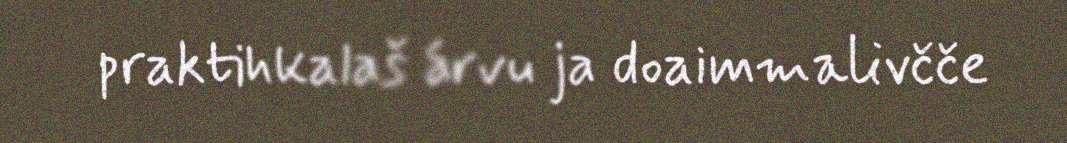
praktihkalaš árvu ja doaimmalivčče